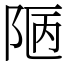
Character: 𨹟